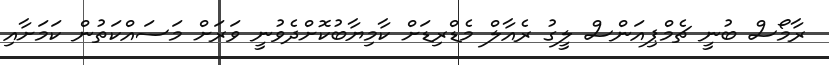
ރާމޯސް ބުނީ ޗެމްޕިއަންސް ލީގު ރެއާލް މެޑްރިޑަށް ކާމިޔާބުކޮށްދެވުނީ ވަރަށް މަސައްކަތުން ކަމަށާއި